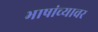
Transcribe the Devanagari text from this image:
भाषांच्यावर